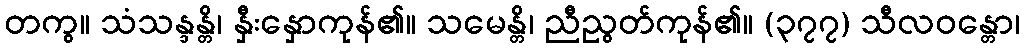
တကွ။ သံသန္ဒန္တိ၊ နှီးနှောကုန်၏။ သမေန္တိ၊ ညီညွတ်ကုန်၏။ (၃၇၇) သီလဝန္တော၊